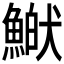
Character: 𩹏